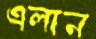
এলান